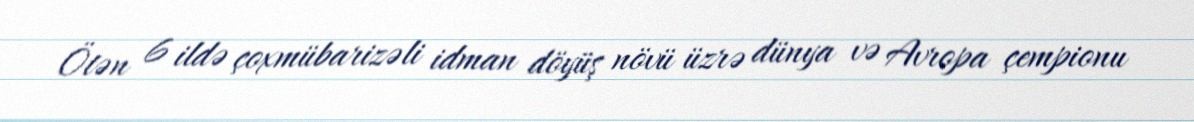
Ötən 6 ildə çoxmübarizəli idman döyüş növü üzrə dünya və Avropa çempionu